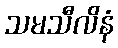
သမသီလိနံ